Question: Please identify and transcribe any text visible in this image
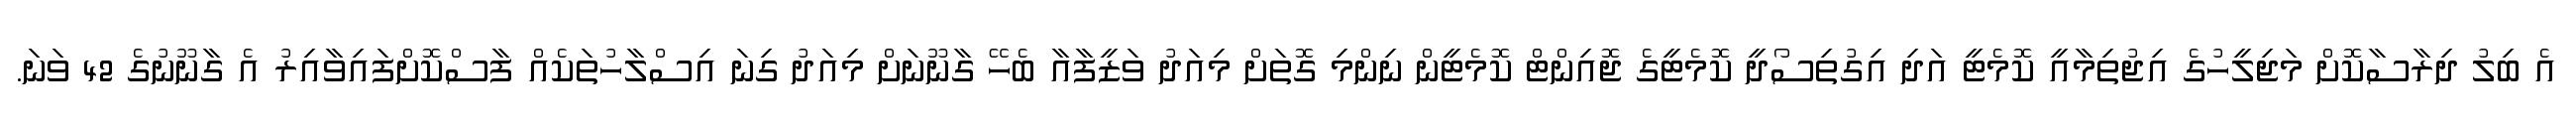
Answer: އެ ބިލު ދިރާސާކޮށް މަޖިލީހުގެ އިޖުތިމާއީ ކޮމެޓީ އަދި އިގުތިސޯދީ ކޮމެޓީގެ ޖޮއިންޓް ކޮމެޓީން ނިންމި ގޮތަށް މިއަދު ވަޒީފާއާ ބެހޭ ގާނޫނަށް މިއަދު ގިނަ އިސްލާހުތަކެއް ފާސްކޮށްފައިވާއިރު އެ ގާނޫނުގެ 42 ވަނަ.